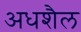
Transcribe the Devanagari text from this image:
अधशैल